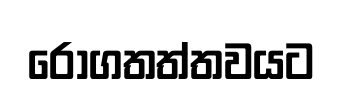
රෝගතත්තවයට